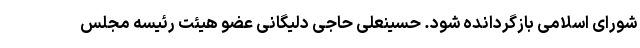
شورای اسلامی بازگردانده شود. حسینعلی حاجی دلیگانی عضو هیئت رئیسه مجلس